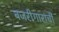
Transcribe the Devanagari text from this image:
बजरीगारांची